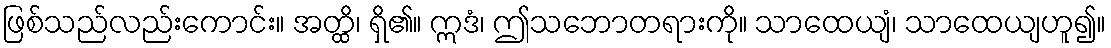
ဖြစ်သည်လည်းကောင်း။ အတ္ထိ၊ ရှိ၏။ ဣဒံ၊ ဤသဘောတရားကို။ သာထေယျံ၊ သာထေယျဟူ၍။